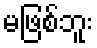
မဖြစ်ဘူး